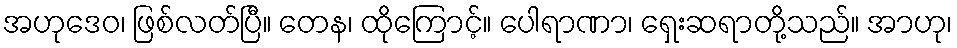
အဟုဒေဝ၊ ဖြစ်လတ်ပြီ။ တေန၊ ထိုကြောင့်။ ပေါရာဏာ၊ ရှေးဆရာတို့သည်။ အာဟု၊